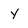
Character: Y